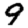
Digit: 9